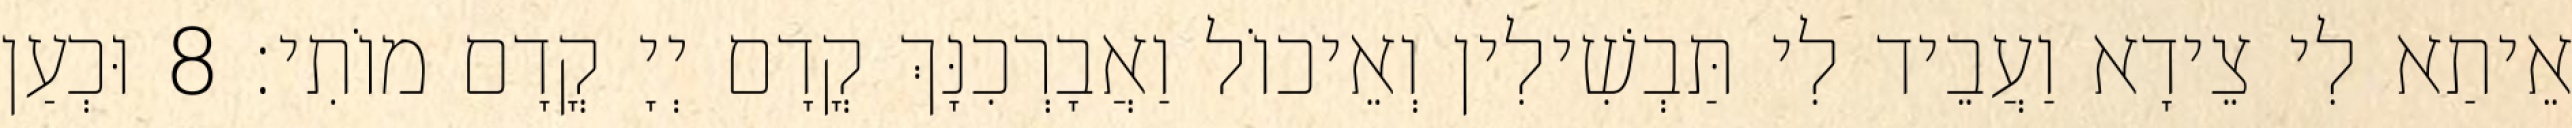
אֵיתַא לִי צֵידָא וַעֲבֵיד לִי תַּבְשִׁילִין וְאֵיכוֹל וַאֲבָרְכִנָּךְ קֳדָם יְיָ קֳדָם מוֹתִי׃ 8 וּכְעַן